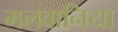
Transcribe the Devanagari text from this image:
मलवानिया